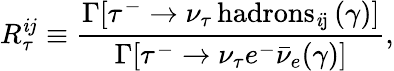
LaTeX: R_{\tau}^{\mathit{i}j}\equiv\frac{{\Gamma[\tau^{-}\rightarrow\nu_{\tau}\, \mathrm{{hadrons_{\mathit{i}j}}}\, (\gamma)]}}{{\Gamma[\tau^{-}\rightarrow\nu_{\tau}e^{-}{\bar{{\nu}}}_{e}(\gamma)]}},